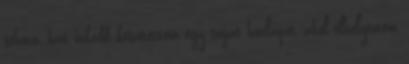
sehová, hát inkább készítettem egy saját honlapot, ahol elhelyeztem